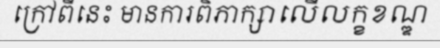
ក្រៅពីនេះ មានការពិភាក្សាលើលក្ខខណ្ឌ